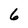
Character: 6